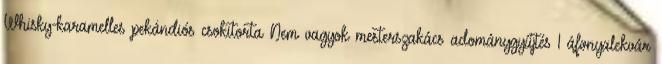
Whisky-karamelles pekándiós csokitorta Nem vagyok mesterszakács adománygyűjtés 1 áfonyalekvár